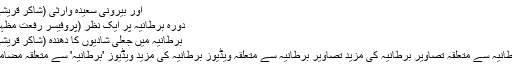
اور بیرونی سعیدہ وارثی (شاکر قریشی)
دورہ برطانیہ پر ایک نظر (پروفیسر رفعت مظہر)
برطانیہ میں‌ جعلی شادیوں کا دھندہ (شاکر قریشی)
برطانیہ سے متعلقہ تصاویر برطانیہ کی مزید تصاویر برطانیہ سے متعلقہ ویڈیوز برطانیہ کی مزید ویڈیوز 'برطانیہ' سے متعلقہ مضامین